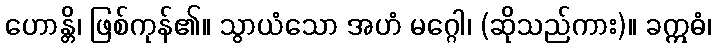
ဟောန္တိ၊ ဖြစ်ကုန်၏။ သွာယံသော အဟံ မဂ္ဂေါ၊ (ဆိုသည်ကား)။ ခဣဓံ၊